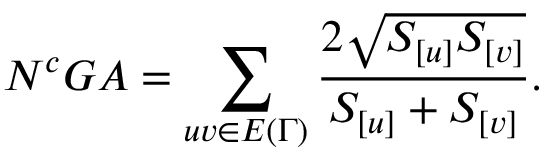
N ^ { c } G A = \sum _ { u v \in E { ( \Gamma ) } } \frac { 2 \sqrt { S _ { [ u ] } S _ { [ v ] } } } { S _ { [ u ] } + S _ { [ v ] } } .